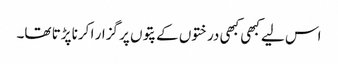
اس لیے کبھی کبھی درختوں کے پتوں پر گزار ا کرنا پڑتا تھا۔